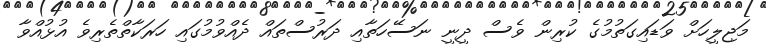
މަޖިލީހަށް ވަޑައިގަތުމުގެ ކުރިން ވެސް ދީނީ ނަސޭހަތާއި ދަރުސްތައް ދެއްވުމުގައި ހަރަކާތްތެރިވެ އުޅުއްވާ